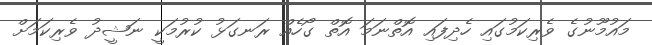
މައުމޫނުގެ ވެރިކަމުގައި ހެދިފައި އޮތްނަމަ އޮތް ގޯހެއް ރަނގަޅު ކުރުމަކީ ނަޝީދު ވެރިކަމަށް